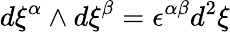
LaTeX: d\xi^{\alpha}\wedge d\xi^{\beta}=\epsilon^{\alpha\beta}d^{2}\xi